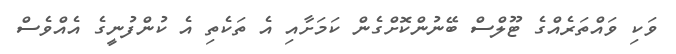
ވަކި ވައްތަރެއްގެ ޓޫލްސް ބޭނުންކޮށްގެން ކަމަށާއި އެ ތަކެތި އެ ކުންފުނީގެ އެއްވެސް